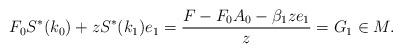
LaTeX: \begin{align*} F_0 S^*(k_0) + z S^* (k_1) e_1 = \frac{F - F_0 A_0 - \beta_1 z e_1}{z} = G_1 \in M.\end{align*}